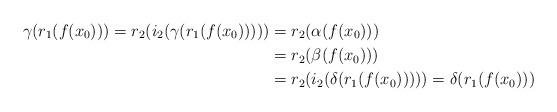
LaTeX: \begin{align*} \gamma(r_1(f(x_0)))=r_2(i_2(\gamma(r_1(f(x_0)))))&=r_2(\alpha(f(x_0)))\\ &=r_2(\beta(f(x_0)))\\ &=r_2(i_2(\delta(r_1(f(x_0)))))=\delta(r_1(f(x_0)))\end{align*}